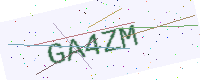
Text: GA4ZM